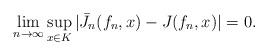
LaTeX: \begin{align*}\lim_{n\rightarrow\infty} \sup_{x \in K} |\bar{J}_n(f_{n},x) - J(f_{n},x)| = 0. \end{align*}